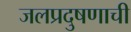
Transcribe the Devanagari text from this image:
जलप्रदुषणाची